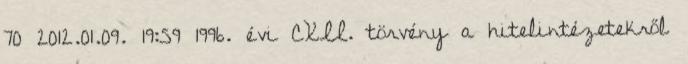
70 2012.01.09. 19:59 1996. évi CXII. törvény a hitelintézetekről